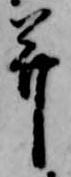
并